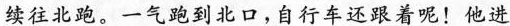
续往北跑。一气跑到北口，自行车还跟着呢！他进